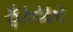
ફાયર